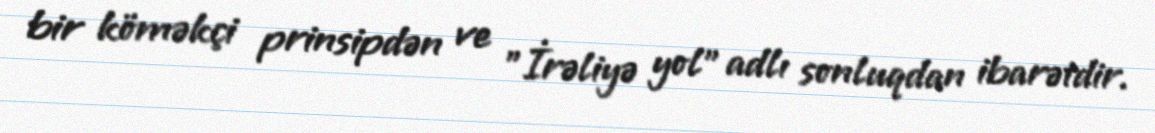
bir köməkçi prinsipdən ve "İrəliyə yol" adlı sonluqdan ibarətdir.